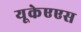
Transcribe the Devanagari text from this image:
यूकेएएस